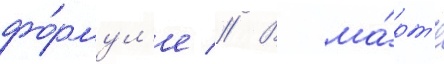
фо́рмул'е // В ма́рт'е